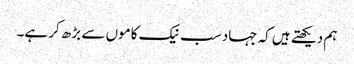
ہم دیکھتے ہیں کہ جہاد سب نیک کاموں سے بڑھ کر ہے۔